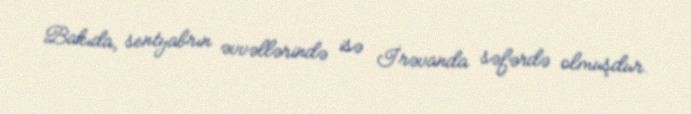
Bakıda, sentyabrın əvvəllərində isə İrəvanda səfərdə olmuşdur.